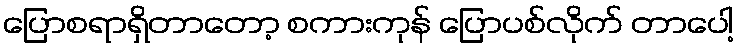
ပြောစရာရှိတာတော့ စကားကုန် ပြောပစ်လိုက် တာပေါ့